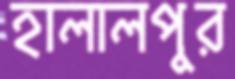
হালালপুর